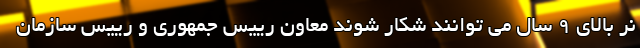
نر بالای ۹ سال می توانند شکار شوند معاون رییس جمهوری و رییس سازمان